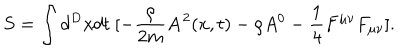
LaTeX: S = \int d ^ { D } x d t ~ [ - \frac { \rho } { 2 m } { \bf A } ^ { 2 } ( x , t ) - \rho A ^ { 0 } - \frac { 1 } { 4 } F ^ { \mu \nu } F _ { \mu \nu } ] .